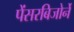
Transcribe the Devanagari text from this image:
पेंसरबिजोर्ने